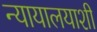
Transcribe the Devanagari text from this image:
न्यायालयाशी